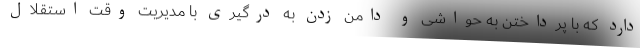
دارد که با پرداختن به حواشی و دامن زدن به درگیری با مدیریت وقت استقلال